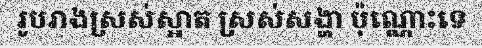
រូបរាងស្រស់ស្អាត ស្រស់សង្ហា ប៉ុណ្ណោះទេ